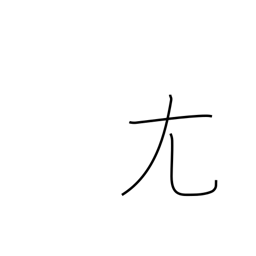
Meaning: crooked-big radical (no. 43)